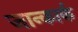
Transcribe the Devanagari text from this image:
जान्कार्क